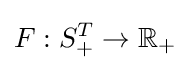
F:S_{+}^{T}\rightarrow \mathbb {R} _{+}